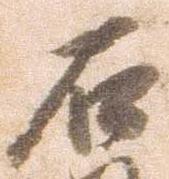
石